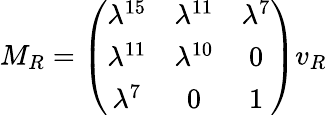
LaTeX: M_{R}=\left(\begin{array}{ccc}{{\lambda^{15}}}&{{\lambda^{11}}}&{{\lambda^{7}}}\\ {{\lambda^{11}}}&{{\lambda^{10}}}&{{0}}\\ {{\lambda^{7}}}&{{0}}&{{1}}\end{array}\right)v_{R}